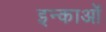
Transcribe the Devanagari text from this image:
इन्काओं